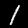
Digit: 1